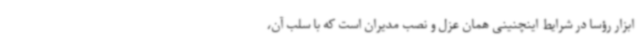
ابزار رؤسا در شرایط اینچنینی همان عزل و نصب مدیران است که با سلب آن،